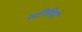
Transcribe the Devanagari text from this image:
स्‍टीरियो